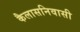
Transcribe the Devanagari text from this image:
कैलासनिवासी